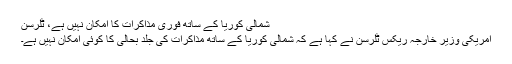
شمالی کوریا کے ساتھ فوری مذاکرات کا امکان نہیں ہے، ٹِلرسن
امریکی وزیر خارجہ ریکس ٹِلرسن نے کہا ہے کہ شمالی کوریا کے ساتھ مذاکرات کی جلد بحالی کا کوئی امکان نہیں ہے۔